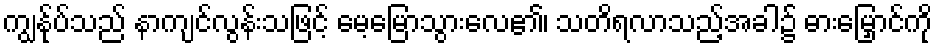
ကျွန်ုပ်သည် နာကျင်လွန်းသဖြင့် မေ့မြောသွားလေ၏၊ သတိရလာသည့်အခါ၌ ဓားမြှောင်ကို